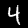
Digit: 4